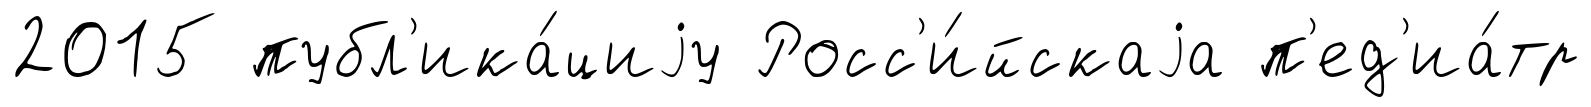
2015 публ'ика́циjу Росс'и́йскаjа п'ед'иа́тр